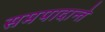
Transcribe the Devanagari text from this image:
समपादान्ते